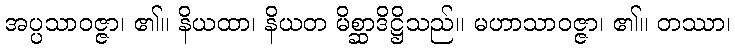
အပ္ပသာဝဇ္ဇာ၊ ၏။ နိယထာ၊ နိယတ မိစ္ဆာဒိဋ္ဌိသည်။ မဟာသာဝဇ္ဇာ၊ ၏။ တဿာ၊